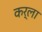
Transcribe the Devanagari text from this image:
कर्ला